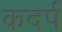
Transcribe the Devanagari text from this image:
कदर्प